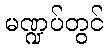
မဏ္ဍပ်တွင်